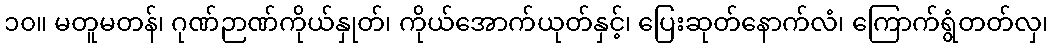
၁၀။ မတူမတန်၊ ဂုဏ်ဉာဏ်ကိုယ်နှုတ်၊ ကိုယ်အောက်ယုတ်နှင့်၊ ပြေးဆုတ်နောက်လံ၊ ကြောက်ရွံတတ်လှ၊